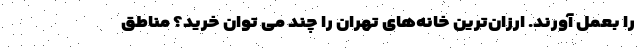
را بعمل آورند. ارزان‌ترین خانه‌های تهران را چند می توان خرید؟ مناطق